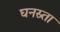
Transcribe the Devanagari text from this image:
घनस्र्ता